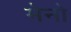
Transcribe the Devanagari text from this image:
मेनो